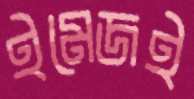
ইমেজই